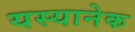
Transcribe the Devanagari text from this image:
यस्यानेक